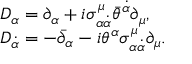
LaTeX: \begin{array} { l l } { { D _ { \alpha } = \partial _ { \alpha } + i \sigma _ { \alpha \dot { \alpha } } ^ { \mu } \bar { \theta } ^ { \dot { \alpha } } \partial _ { \mu } , } } \\ { { D _ { \dot { \alpha } } = - \bar { \partial } _ { \alpha } - i \theta ^ { \alpha } \sigma _ { \alpha \dot { \alpha } } ^ { \mu } \partial _ { \mu } . } } \end{array}